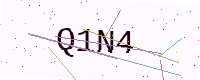
Text: Q1N4